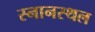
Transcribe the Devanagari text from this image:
स्नानस्थल